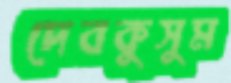
দেবকুসুম